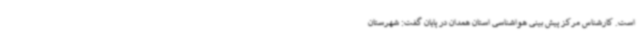
است. کارشناس مرکز پیش بینی هواشناسی استان همدان در پایان گفت: شهرستان